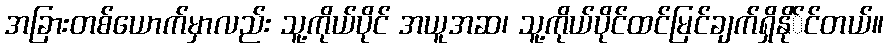
အခြားတစ်ယောက်မှာလည်း သူ့ကိုယ်ပိုင် အယူအဆ၊ သူ့ကိုယ်ပိုင်ထင်မြင်ချက်ရှိနို်င်တယ်။